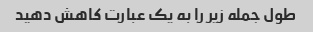
طول جمله زیر را به یک عبارت کاهش دهید